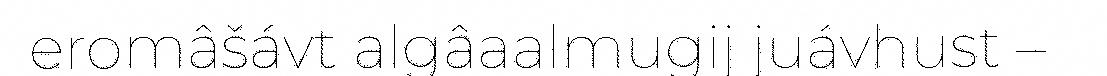
eromâšávt algâaalmugij juávhust –